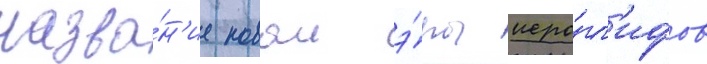
назва́н'ие новои э́ры иеро́гл'ифов